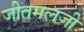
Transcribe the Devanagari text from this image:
जीतमलजी